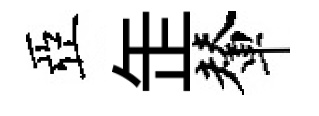
亞𦈢輦